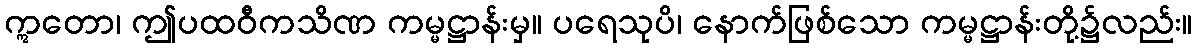
ဣတော၊ ဤပထဝီကသိဏ ကမ္မဋ္ဌာန်းမှ။ ပရေသုပိ၊ နောက်ဖြစ်သော ကမ္မဋ္ဌာန်းတို့၌လည်း။